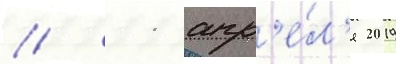
// 11 апр'е́л'я 2019